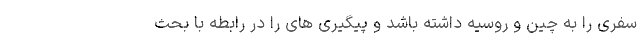
سفری را به چین و روسیه داشته باشد و پیگیری های را در رابطه با بحث